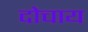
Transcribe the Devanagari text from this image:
दोचाय